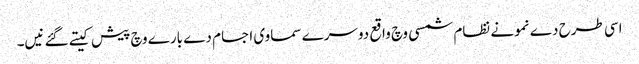
اسی طرح دے نمونے نظام شمسی وچ واقع دوسرے سماوی اجسام دے بارے وچ پیش کیتے گئے نیں۔